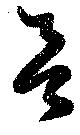
呂